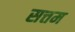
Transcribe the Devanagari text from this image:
सत्तम